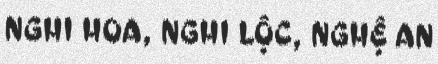
NGHI HOA, NGHI LỘC, NGHỆ AN